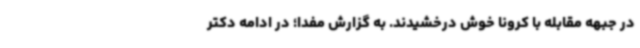
در جبهه مقابله با کرونا خوش درخشیدند. به گزارش مفدا؛ در ادامه دکتر